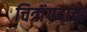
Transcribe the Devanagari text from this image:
चित्रांगदाचा